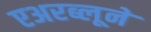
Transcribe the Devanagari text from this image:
एअरब्लूने